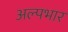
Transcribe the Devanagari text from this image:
अल्पभार